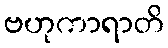
ဗဟုကာရာတိ